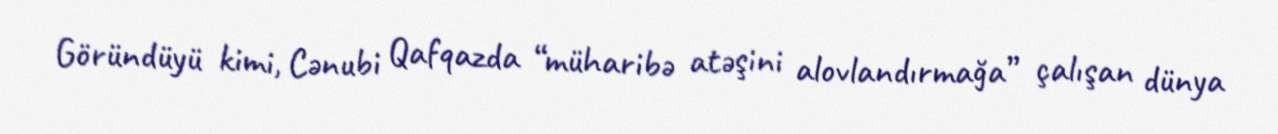
Göründüyü kimi, Cənubi Qafqazda “müharibə atəşini alovlandırmağa” çalışan dünya